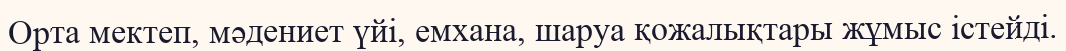
Орта мектеп, мәдениет үйі, емхана, шаруа қожалықтары жұмыс істейді.